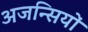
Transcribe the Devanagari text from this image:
अजन्सियों